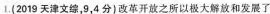
1.(2019天津文综，9，4分)改革开放之所以极大解放和发展了